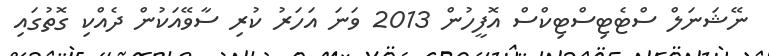
ނޭޝަނަލް ސްޓެޓިސްޓިކްސް އޮފީހުން 2013 ވަނަ އަހަރު ކުރި ސާވޭއަކުން ދެއްކި ގޮތުގައި